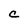
Character: C